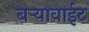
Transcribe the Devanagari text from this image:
बऱ्यावाईट